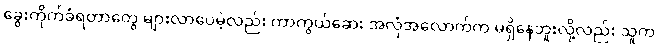
ခွေးကိုက်ခံရတာတွေ များလာပေမဲ့လည်း ကာကွယ်ဆေး အလုံအလောက်က မရှိနေဘူးလို့လည်း သူက